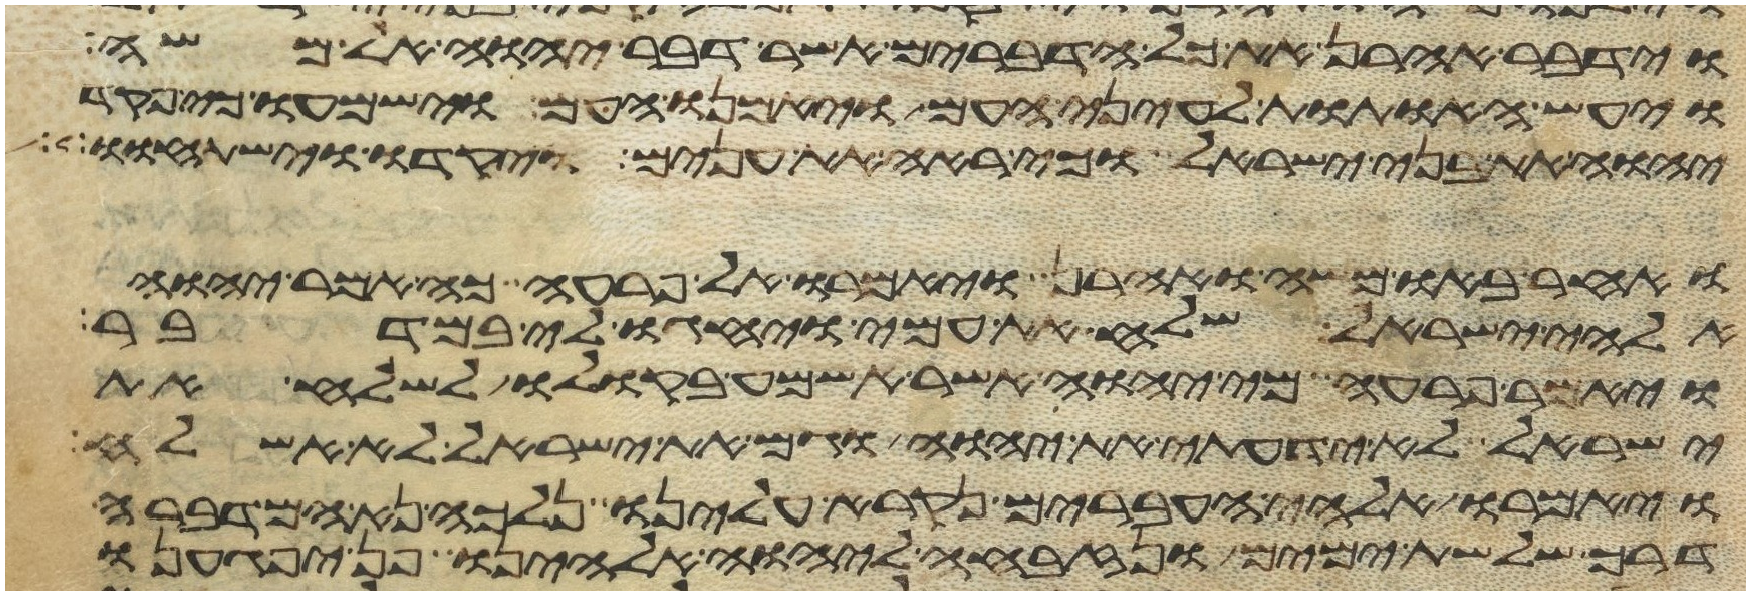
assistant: וידבר אהרן את כל הדברים אשר דבר יהוה אל משה
ויעש האתות לעיני העם ויאמנו העם וישמעו כי פקד
יהוה את בני ישראל וכי ראה את ענים ויקדו וישתחוו
ואחר באו משה ואהרן ויאמרו אל פרעה כה אמר יהוה
אלהי ישראל שלח את עמי ויחגו לי במדבר
ויאמר פרעה מי יהוה אשר אשמע בקולו לשלח את
ישראל לא ידעתי את יהוה וגם את ישראל לא אשלח
ויאמרו אלהי העברים נקרא עלינו נלכה נא המדברה
דרך שלשת ימים ונזבחה ליהוה אלהינו פן יפגענו